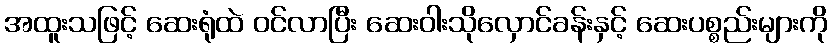
အထူးသဖြင့် ဆေးရုံထဲ ဝင်လာပြီး ဆေးဝါးသိုလှောင်ခန်းနှင့် ဆေးပစ္စည်းများကို